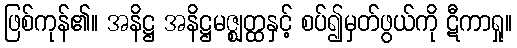
ဖြစ်ကုန်၏။ အနိဋ္ဌ အနိဋ္ဌမဇ္ဈတ္ထနှင့် စပ်၍မှတ်ဖွယ်ကို ဋီကာရှု။